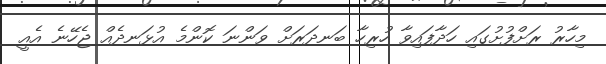
މިހާރު ރަށްފުށުގައި ހަދާފައިވާ ހުރިހާ ބަނދަރަށް ވަންނަ ކޮންމެ އުޅަނދެއް ޖެހޭނެ އެއީ